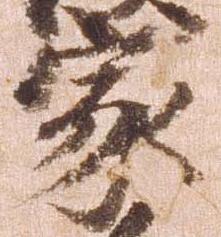
家